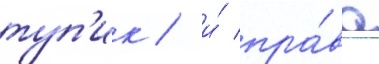
туп'ик / и́ пра́ва